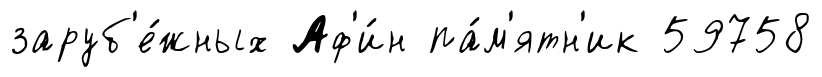
заруб'е́жных Аф'и́н па́м'ятн'ик 59758